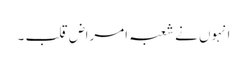
انہوں نے شعبہ امراض قلب ۔